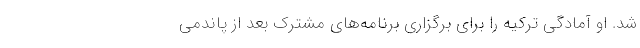
شد. او آمادگی ترکیه را برای برگزاری برنامه‌های مشترک بعد از پاندمی